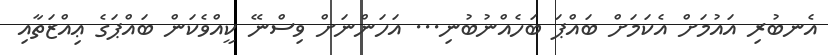
އެނބުރި އައުމަށް އެކަމަށް ބައްޕަ ބަހެއްނުބުނި... އަހަންނަށް ވިސްނޭ ކީއްވެކަން ބައްޕަގެ ޢިއްޒަތާއި